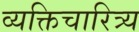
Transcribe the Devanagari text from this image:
व्यक्तिचारित्र्य